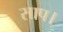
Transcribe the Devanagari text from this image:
साप।